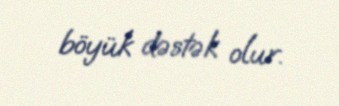
böyük dəstək olur.